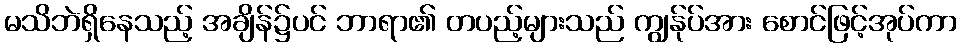
မသိဘဲရှိနေသည့် အချိန်၌ပင် ဘာရာ၏ တပည့်များသည် ကျွန်ုပ်အား စောင်ဖြင့်အုပ်ကာ